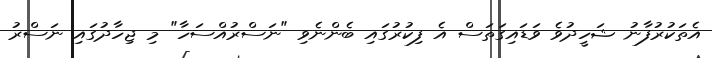
އެތަކުރުފާނު ޝަހީދުވެ ވަޑައިގަތަސް އެ ފިކުރުގައި ބެންނެވި "ނަސްރުއްސަހާ" މި ޖިހާދުގައި ނަސްރު